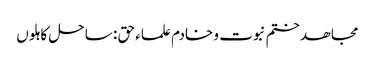
مجاھد ختم نبوت و خادم علماء حق : ساحل کاہلوں